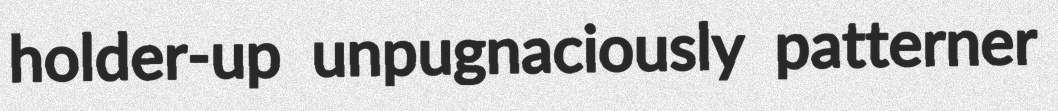
holder-up unpugnaciously patterner